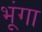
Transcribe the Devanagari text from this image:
भूंगा